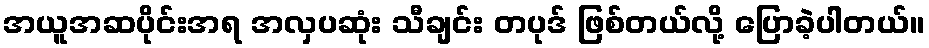
အယူအဆပိုင်းအရ အလှပဆုံး သီချင်း တပုဒ် ဖြစ်တယ်လို့ ပြောခဲ့ပါတယ်။